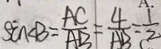
\sin \angle B = \frac { A C } { A B } = \frac { 4 } { A B } = \frac { 1 } { 2 }